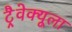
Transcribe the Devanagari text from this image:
ट्रैवेक्यूला